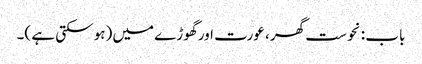
باب : نحوست گھر ، عورت اور گھوڑے میں (ہو سکتی ہے )۔